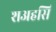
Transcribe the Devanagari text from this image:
शअहसि